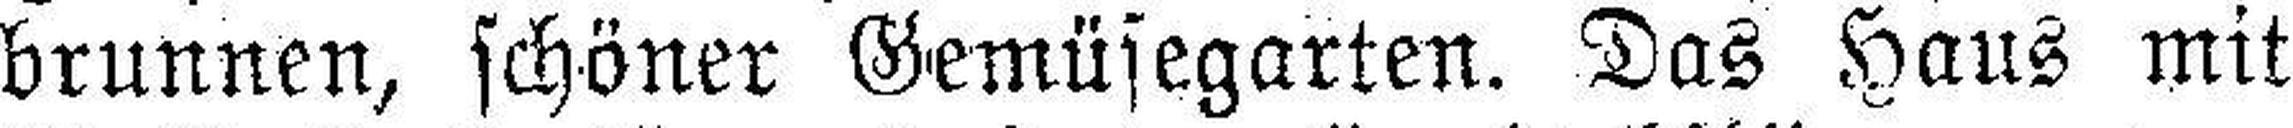
brunnen, schöner Gemüsegarten. Das Haus mit